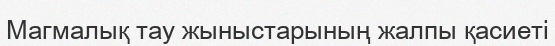
Магмалық тау жыныстарының жалпы қасиеті